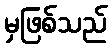
မှဖြစ်သည်